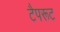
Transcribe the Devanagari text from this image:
टैपरूट